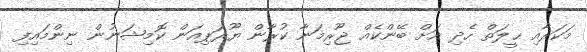
މަކަރާއި ޙީލަތް ހެދި އަށް ބޭންކެއް ޖޫރިމަނާ ކުރާން ޔޫރަޕިއަން ކޮމިޝަނުން ނިންމައިފި